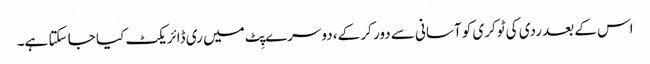
اس کے بعد ردی کی ٹوکری کو آسانی سے دور کر کے، دوسرے پِٹ میں ری ڈائریکٹ کیا جا سکتا ہے۔